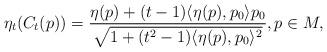
LaTeX: \begin{align*}\eta_t(C_t(p)) = \frac{\eta(p) + (t-1) \langle \eta(p), p_0 \rangle p_0}{ \sqrt{1 + (t^2 - 1) \langle \eta(p), p_0 \rangle^2}}, p \in M ,\end{align*}